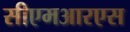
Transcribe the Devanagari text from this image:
सीएमआरएस